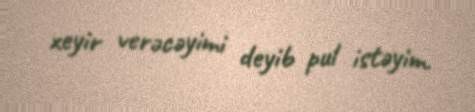
xeyir verəcəyimi deyib pul istəyim.